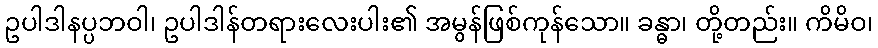
ဥပါဒါနပ္ပဘဝါ၊ ဥပါဒါန်တရားလေးပါး၏ အမွန်ဖြစ်ကုန်သော။ ခန္ဓာ၊ တို့တည်း။ ကိမိဝ၊